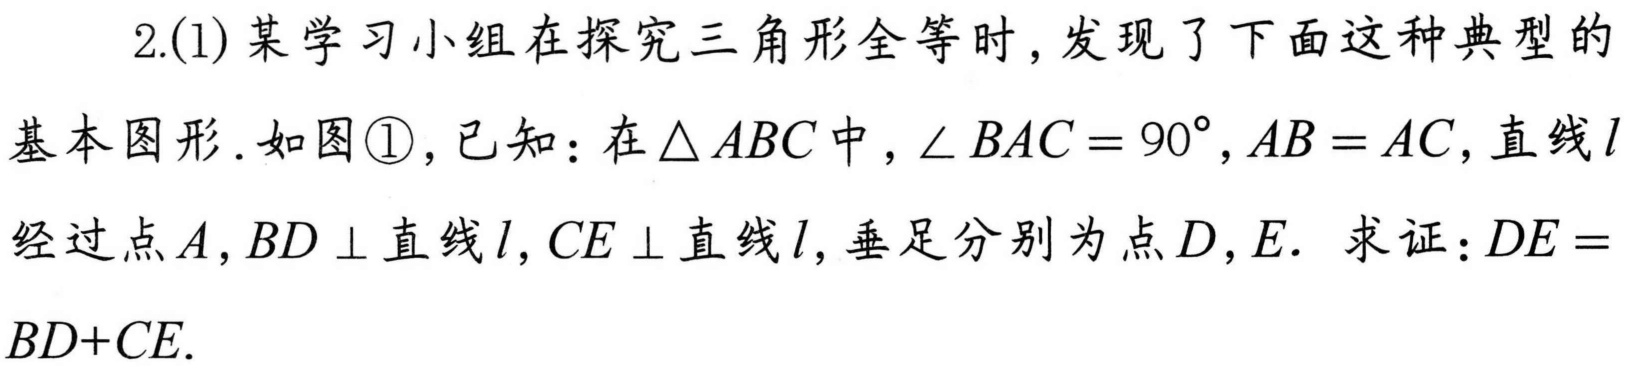
2.(1) 某学习小组在探究三角形全等时，发现了下面这种典型的
基本图形. 如图\textcircled{1}，已知：在\(\triangle ABC\)中，\(\angle BAC = 90^{\circ},AB = AC\)，直线\(l\)
经过点\(A\)，\(BD\perp\)直线\(l\)，\(CE\perp\)直线\(l\)，垂足分别为点\(D\)，\(E\).  求证：\(DE = BD + CE\).